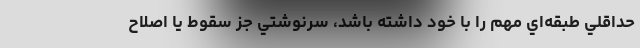
حداقلي طبقه‌اي مهم را با خود داشته باشد، سرنوشتي جز سقوط يا اصلاح